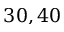
3 0 , 4 0